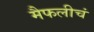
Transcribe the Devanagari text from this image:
मैफलीचं